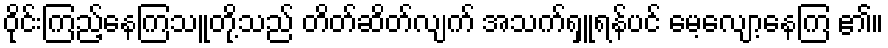
ဝိုင်းကြည့်နေကြသူတို့သည် တိတ်ဆိတ်လျက် အသက်ရှူရန်ပင် မေ့လျော့နေကြ ၏။